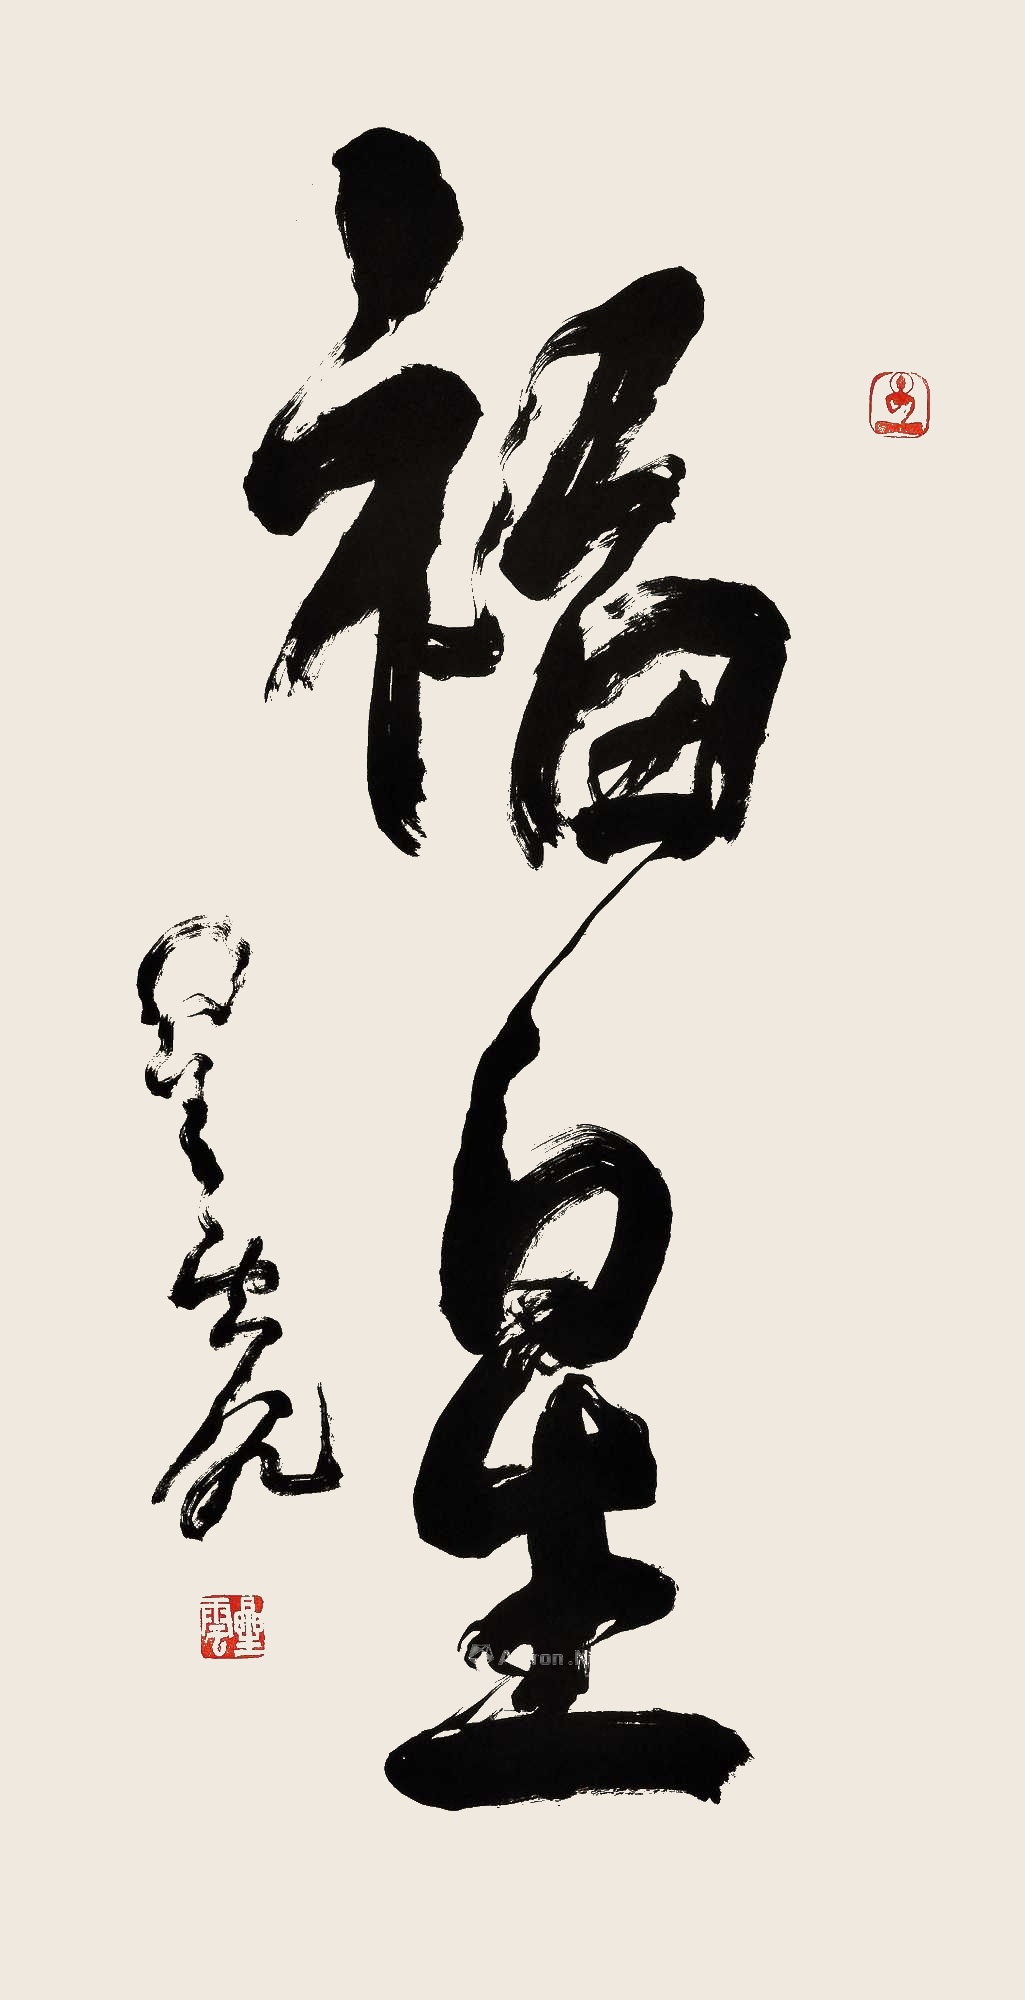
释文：福星星云八九